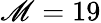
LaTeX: \mathscr{M}=19